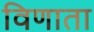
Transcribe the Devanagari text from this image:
विणाता